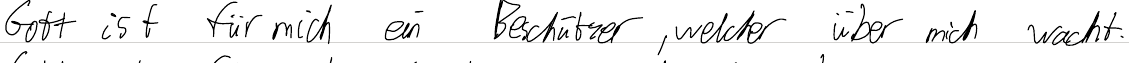
Gott ist für mich ein Beschützer, welcher über mich wacht.